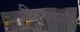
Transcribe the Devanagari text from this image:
विश्वव्‍यापी